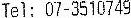
TEL: 07-3510749